NAE_ERA_R-2324_Eesti_Vabariigi_Pohiseaduslik_Assamblee, lk 7
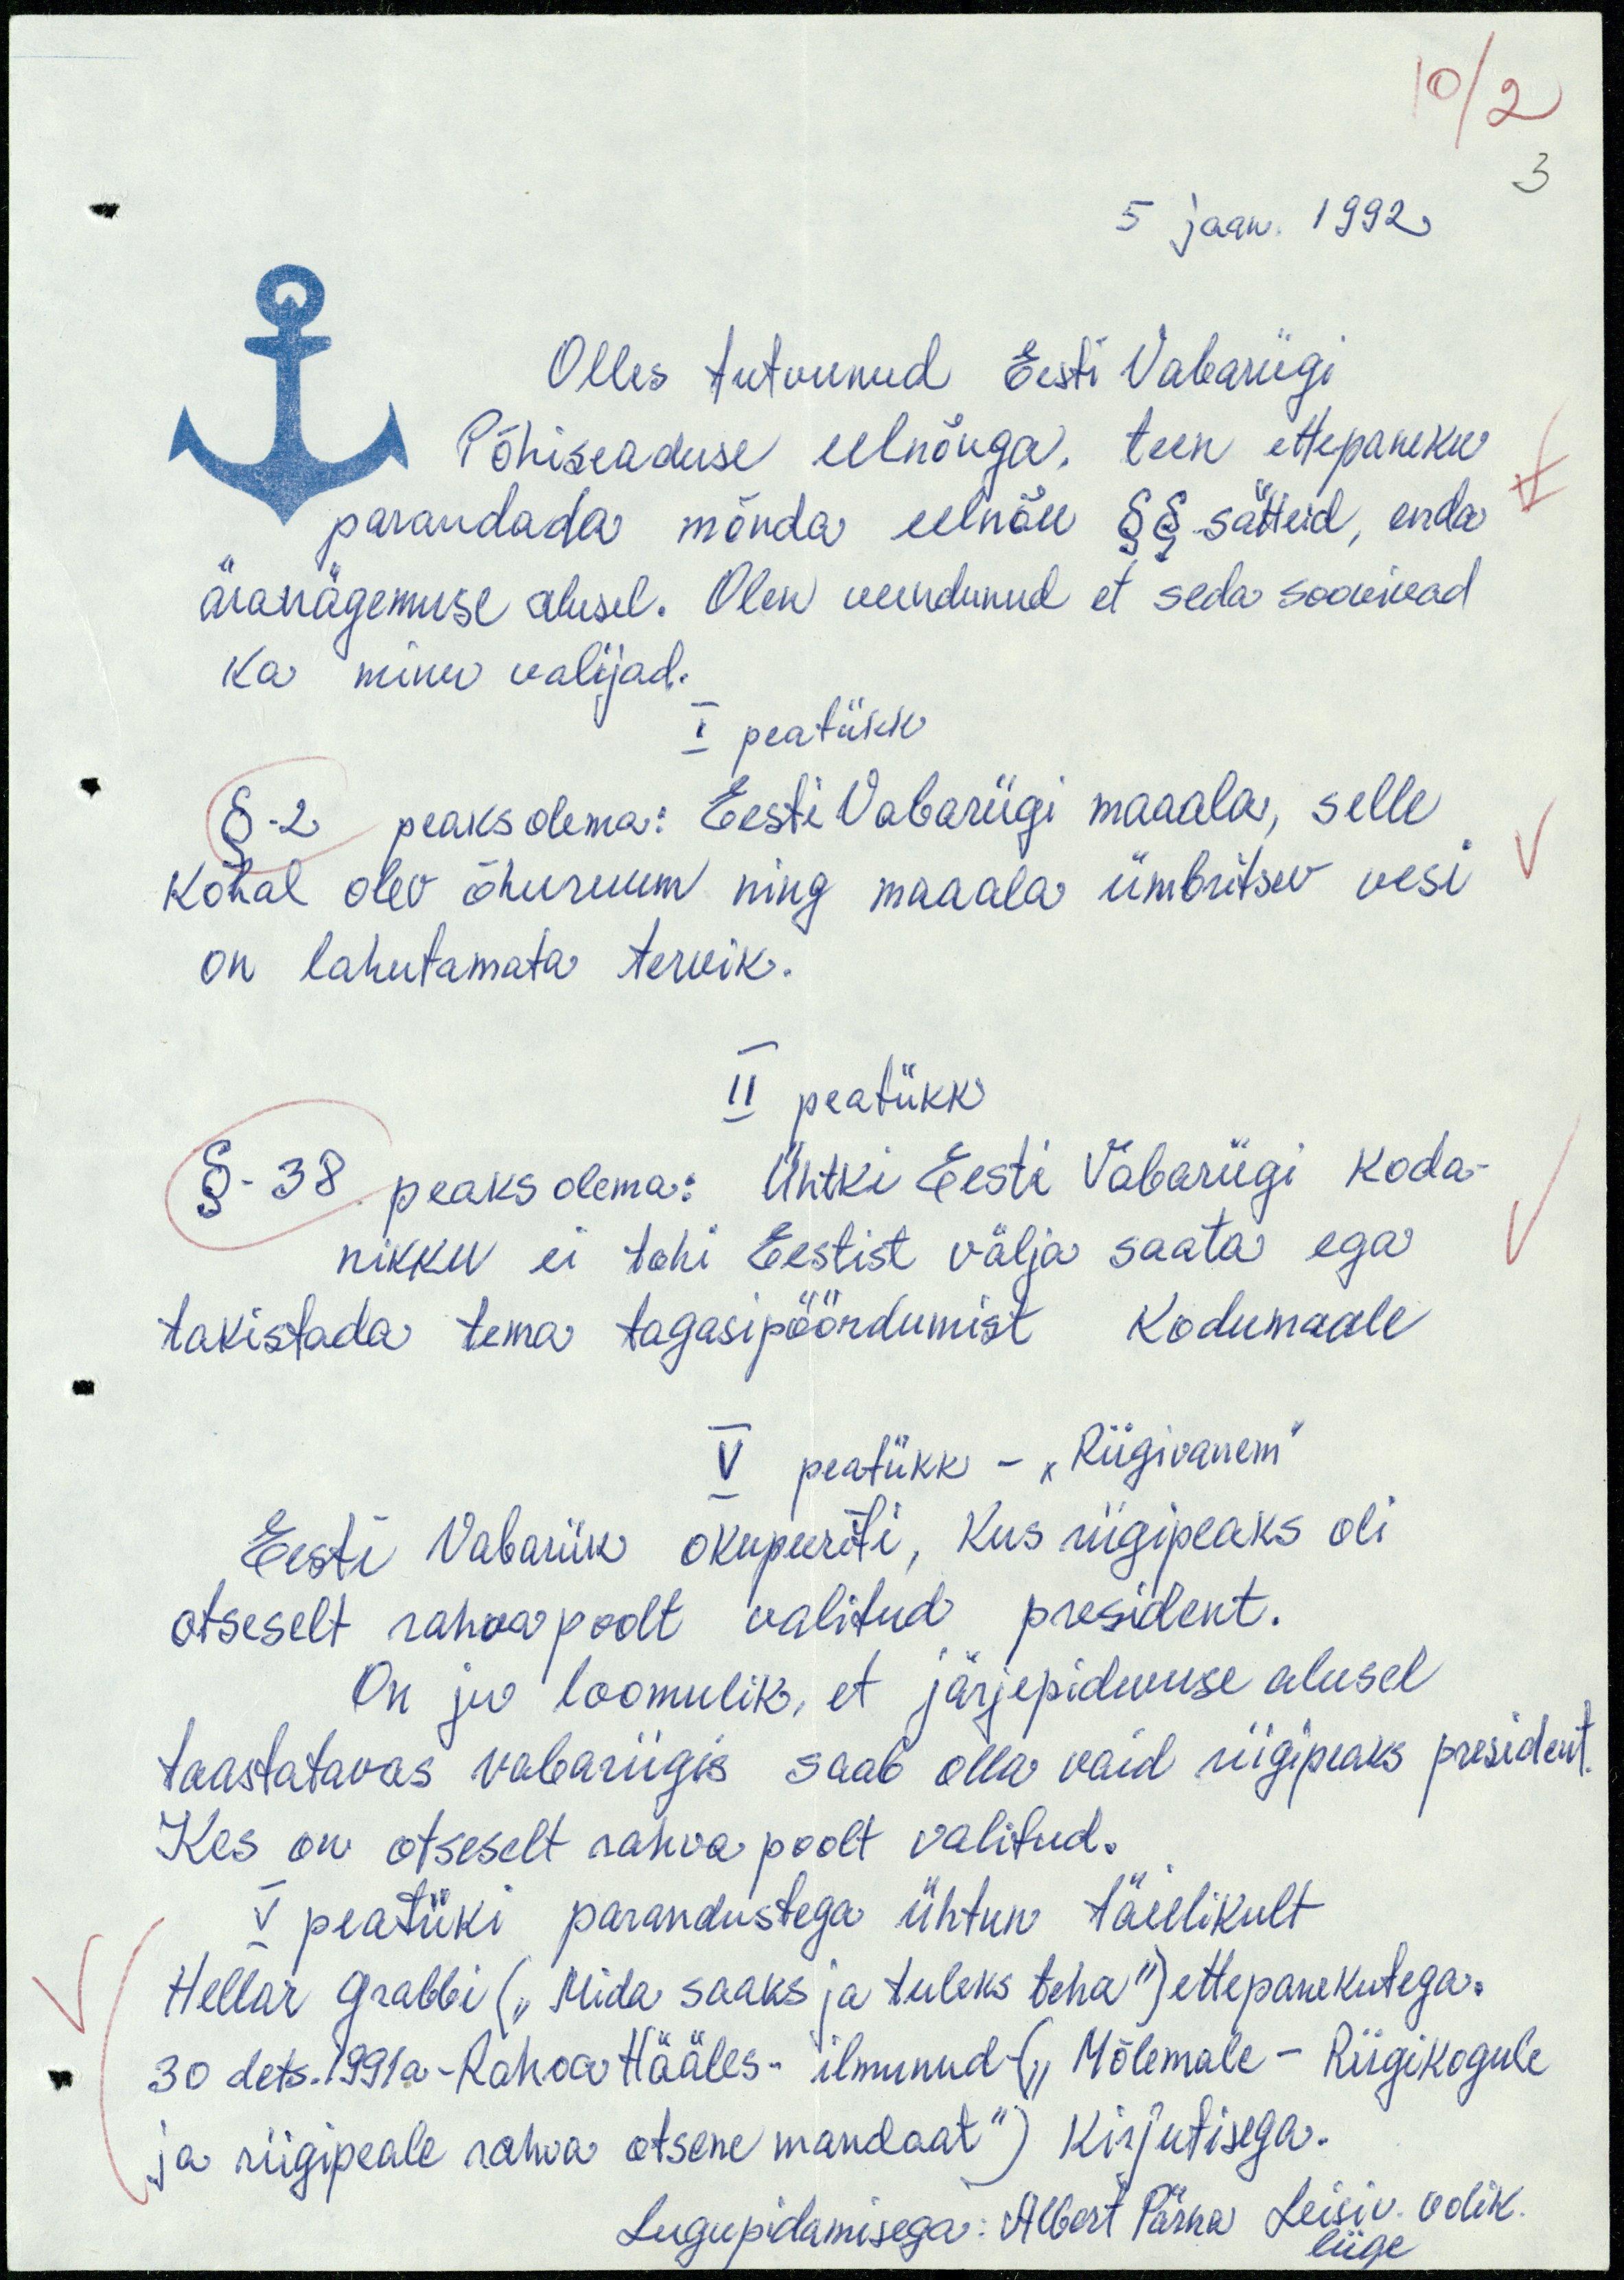
10/2
3
5 jaan. 1992
Olles tutvunud Eesti Vabariigi
Põhiseaduse eelnõuga, teen ettepaneku
parandada mõnda eelnõu §§-sätteid, enda
äranägemise alusel. Olen veendunud et seda soovivad
ka minu valijad.
I peatükk
§-2 peaks olema: Eesti Vabariigi maaala, selle
kohal olev õhuruum ning maaala ümbritsev vesi
on lahutamata tervik.
II peatükk
§-38 peaks olema: Ühtki Eesti Vabariigi koda-
nikku ei tohi Eestist välja saata ega
takistada tema tagasipöördumist kodumaale
V peatükk - "Riigivanem"
Eesti Vabariik okupeeriti, kus riigipeaks oli
otseselt rahva poolt valitud president.
On ju loomulik, et järjepidevuse alusel
taastatavas vabariigis saab olla vaid riigipeaks president.
Kes on otseselt rahva poolt valitud.
V peatüki parandustega ühtun täelikult
Hellar Grabbi ( "Mida saaks ja tuleks teha") ettepanekutega.
30 dets.1991a - Rahva Hääles - ilmunud - ("Mõlemale - Riigikogule
ja riigipeale rahva otsene mandaat") kirjutisega.
Lugupidamisega: Albert Pärna Leisi v. volik.
liige